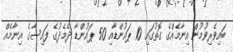
ބައިވެރިވުމުން އިނާމެއްގެ ގޮތުގައި 10 ޕައުންޑާއި 50 ޕައުންޑާ ދެމެދުގެ ފައިސާގެ އިނާމެއް